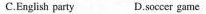
C.English party D.soccer garme